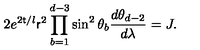
2 e ^ { 2 { \sf t } / l } { \sf r } ^ { 2 } \prod _ { b = 1 } ^ { d - 3 } \sin ^ { 2 } \theta _ { b } \frac { d \theta _ { d - 2 } } { d \lambda } = J .